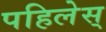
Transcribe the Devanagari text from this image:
पहिलेस्